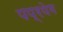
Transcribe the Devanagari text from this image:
पप्रयेग